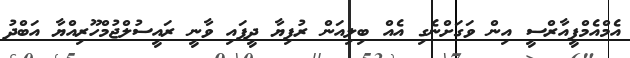
އެމްއެމްޕީއާރްސީ އިން ވަގަށްނެގި އެއް ބިލިއަން ރުފިޔާ ދީފައި ވާނީ ރައީސުލްޖުމްހޫރިއްޔާ އަބްދު